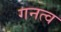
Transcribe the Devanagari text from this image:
गनत्व